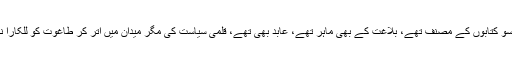
چھ سو کتابوں کے مصنف تھے، بلاغت کے بھی ماہر تھے، عابد بھی تھے، قلمی سیاست کی مگر میدان میں اُتر کر طاغوت کو للکارا نہیں۔